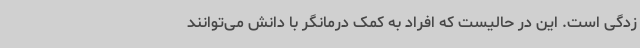
زدگی است. این در حالیست که افراد به کمک درمانگر با دانش می‌توانند